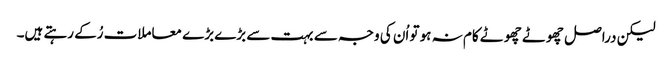
لیکن دراصل چھوٹے چھوٹے کام نہ ہو تو اُن کی وجہ سے بہت سے بڑے بڑے معاملات رُکے رہتے ہیں۔